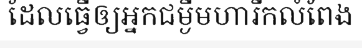
ដែលធ្វើឲ្យអ្នកជម្ងឺមហារីកលំពែង